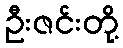
ဦးဇင်းတို့